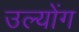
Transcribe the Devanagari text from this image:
उल्योंग